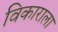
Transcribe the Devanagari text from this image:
विकाराला